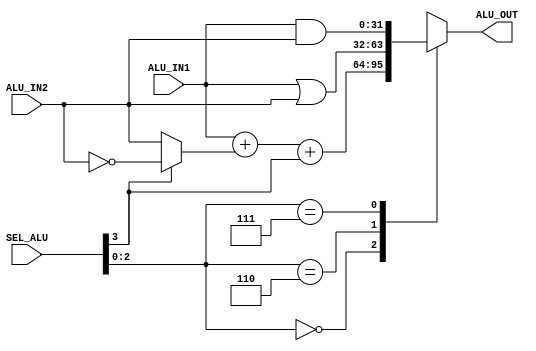
`timescale 1ns / 1ps

module ALU_RSIC(ALU_IN1,ALU_IN2,ALU_OUT,SEL_ALU
    );
	 
input  [31:0] ALU_IN1,ALU_IN2;
input  [3:0]  SEL_ALU; //[2:0] to select the operation , [3] to detected sub or not
output [31:0] ALU_OUT;
reg    [31:0] ALU_OUT; 
wire   [31:0] ALU_IN_COMP;  
//assign only to wire ?? yes 
//1's complement of ALU_IN2
assign ALU_IN_COMP = (SEL_ALU[3]== 1'b1)? ~ALU_IN2:ALU_IN2;

always @(*) begin 
	case (SEL_ALU[2:0])  
	
		3'b000:begin #0.05  ALU_OUT= ALU_IN1 + ALU_IN_COMP + SEL_ALU[3]; end
		3'b110:begin #0.05  ALU_OUT= ALU_IN1 | ALU_IN2;                  end
		3'b111:begin #0.05  ALU_OUT= ALU_IN1 & ALU_IN2;                  end
		default:     #0.05  ALU_OUT =32'hx;
		
	
	endcase	

	
end

endmodule